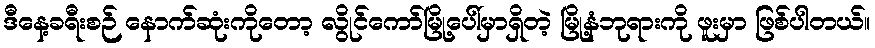
ဒီနေ့ခရီးစဉ် နောက်ဆုံးကိုတော့ လွိုင်ကော်မြို့ပေါ်မှာရှိတဲ့ မြို့နံဘုရားကို ဖူးမှာ ဖြစ်ပါတယ်။